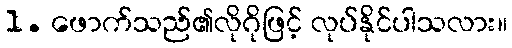
1. ဖောက်သည်၏လိုဂိုဖြင့် လုပ်နိုင်ပါသလား။